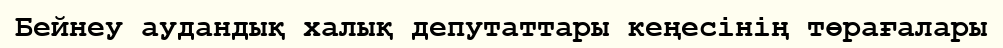
Бейнеу аудандық халық депутаттары кеңесінің төрағалары